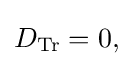
{\textstyle D_{\text{Tr}}=0,}